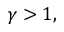
\gamma > 1 ,